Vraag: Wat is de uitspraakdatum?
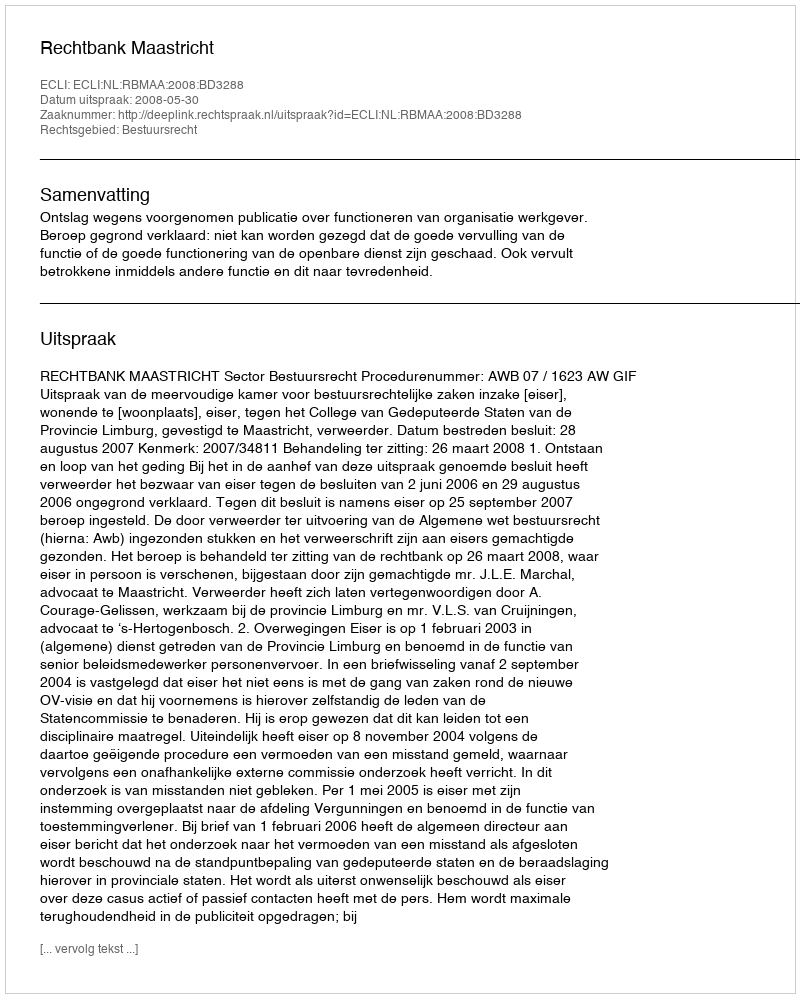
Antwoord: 2008-05-30